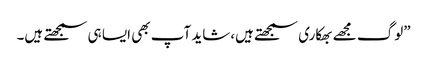
”لوگ مجھے بھکاری سمجھتے ہیں،شاید آپ بھی ایسا ہی سمجھتے ہیں۔